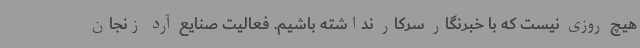
هیچ روزی نیست که با خبرنگار سرکار نداشته باشیم. فعالیت صنایع آرد زنجان